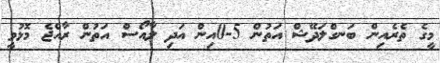
މީގެ ތެރެއިން ބަނގްލަދޭޝް އަތުން 5-0އިން އަދި ލާއޯސް އަތުން ރާއްޖެ މޮޅުވީ